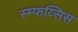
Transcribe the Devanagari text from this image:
स्म्फय्सिस